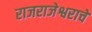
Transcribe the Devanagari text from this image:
राजराजेश्वराचे